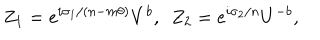
LaTeX: Z _ { 1 } = e ^ { i \sigma _ { 1 } / ( n - m \theta ) } V ^ { b } , ~ ~ Z _ { 2 } = e ^ { i \sigma _ { 2 } / n } U ^ { - b } ,